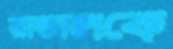
রান্ডালকে